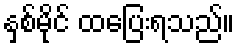
နှစ်မိုင် ထပြေးရသည်။